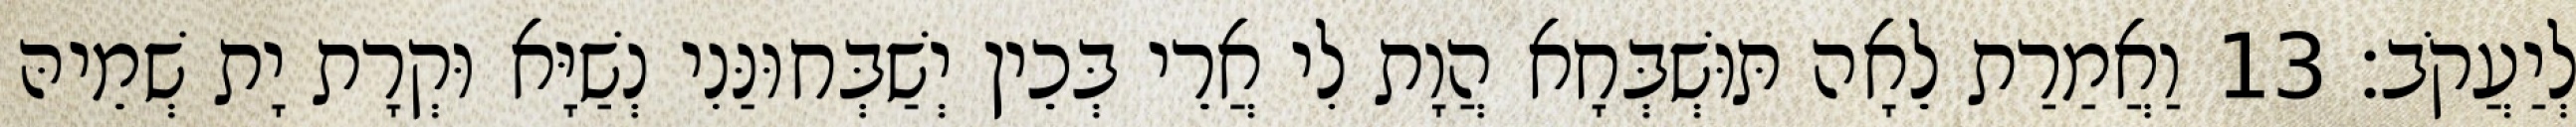
לְיַעֲקֹב׃ 13 וַאֲמַרַת לֵאָה תּוּשְׁבְּחָא הֲוָת לִי אֲרֵי בְּכֵין יְשַׁבְּחוּנַּנִי נְשַׁיָּא וּקְרָת יָת שְׁמֵיהּ